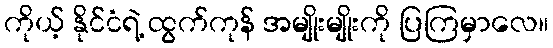
ကိုယ့် နိုင်ငံရဲ့ ထွက်ကုန် အမျိုးမျိုးကို ပြကြမှာလေ။